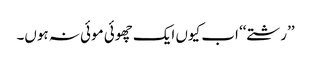
’’رشتے‘‘ اب کیوں ایک چھوئی موئی نہ ہوں۔